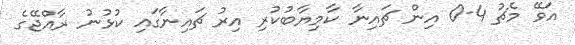
އަވޭ މެޗު 4-0 އިން ޗައިނާ ކާމިޔާބުކުރި އިރު ޗައިނާގައި ކުޅުނު ރާއްޖޭގެ